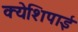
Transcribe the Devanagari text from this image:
क्येशिपाई